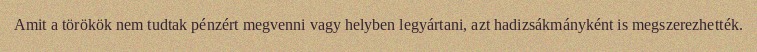
Amit a törökök nem tudtak pénzért megvenni vagy helyben legyártani, azt hadizsákmányként is megszerezhették.